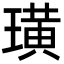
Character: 璜